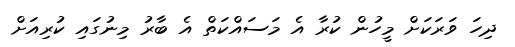
ދިހަ ވަރަކަށް މީހުން ކުރާ އެ މަސައްކަތް އެ ބާރު މިނުގައި ކުރިއަށް